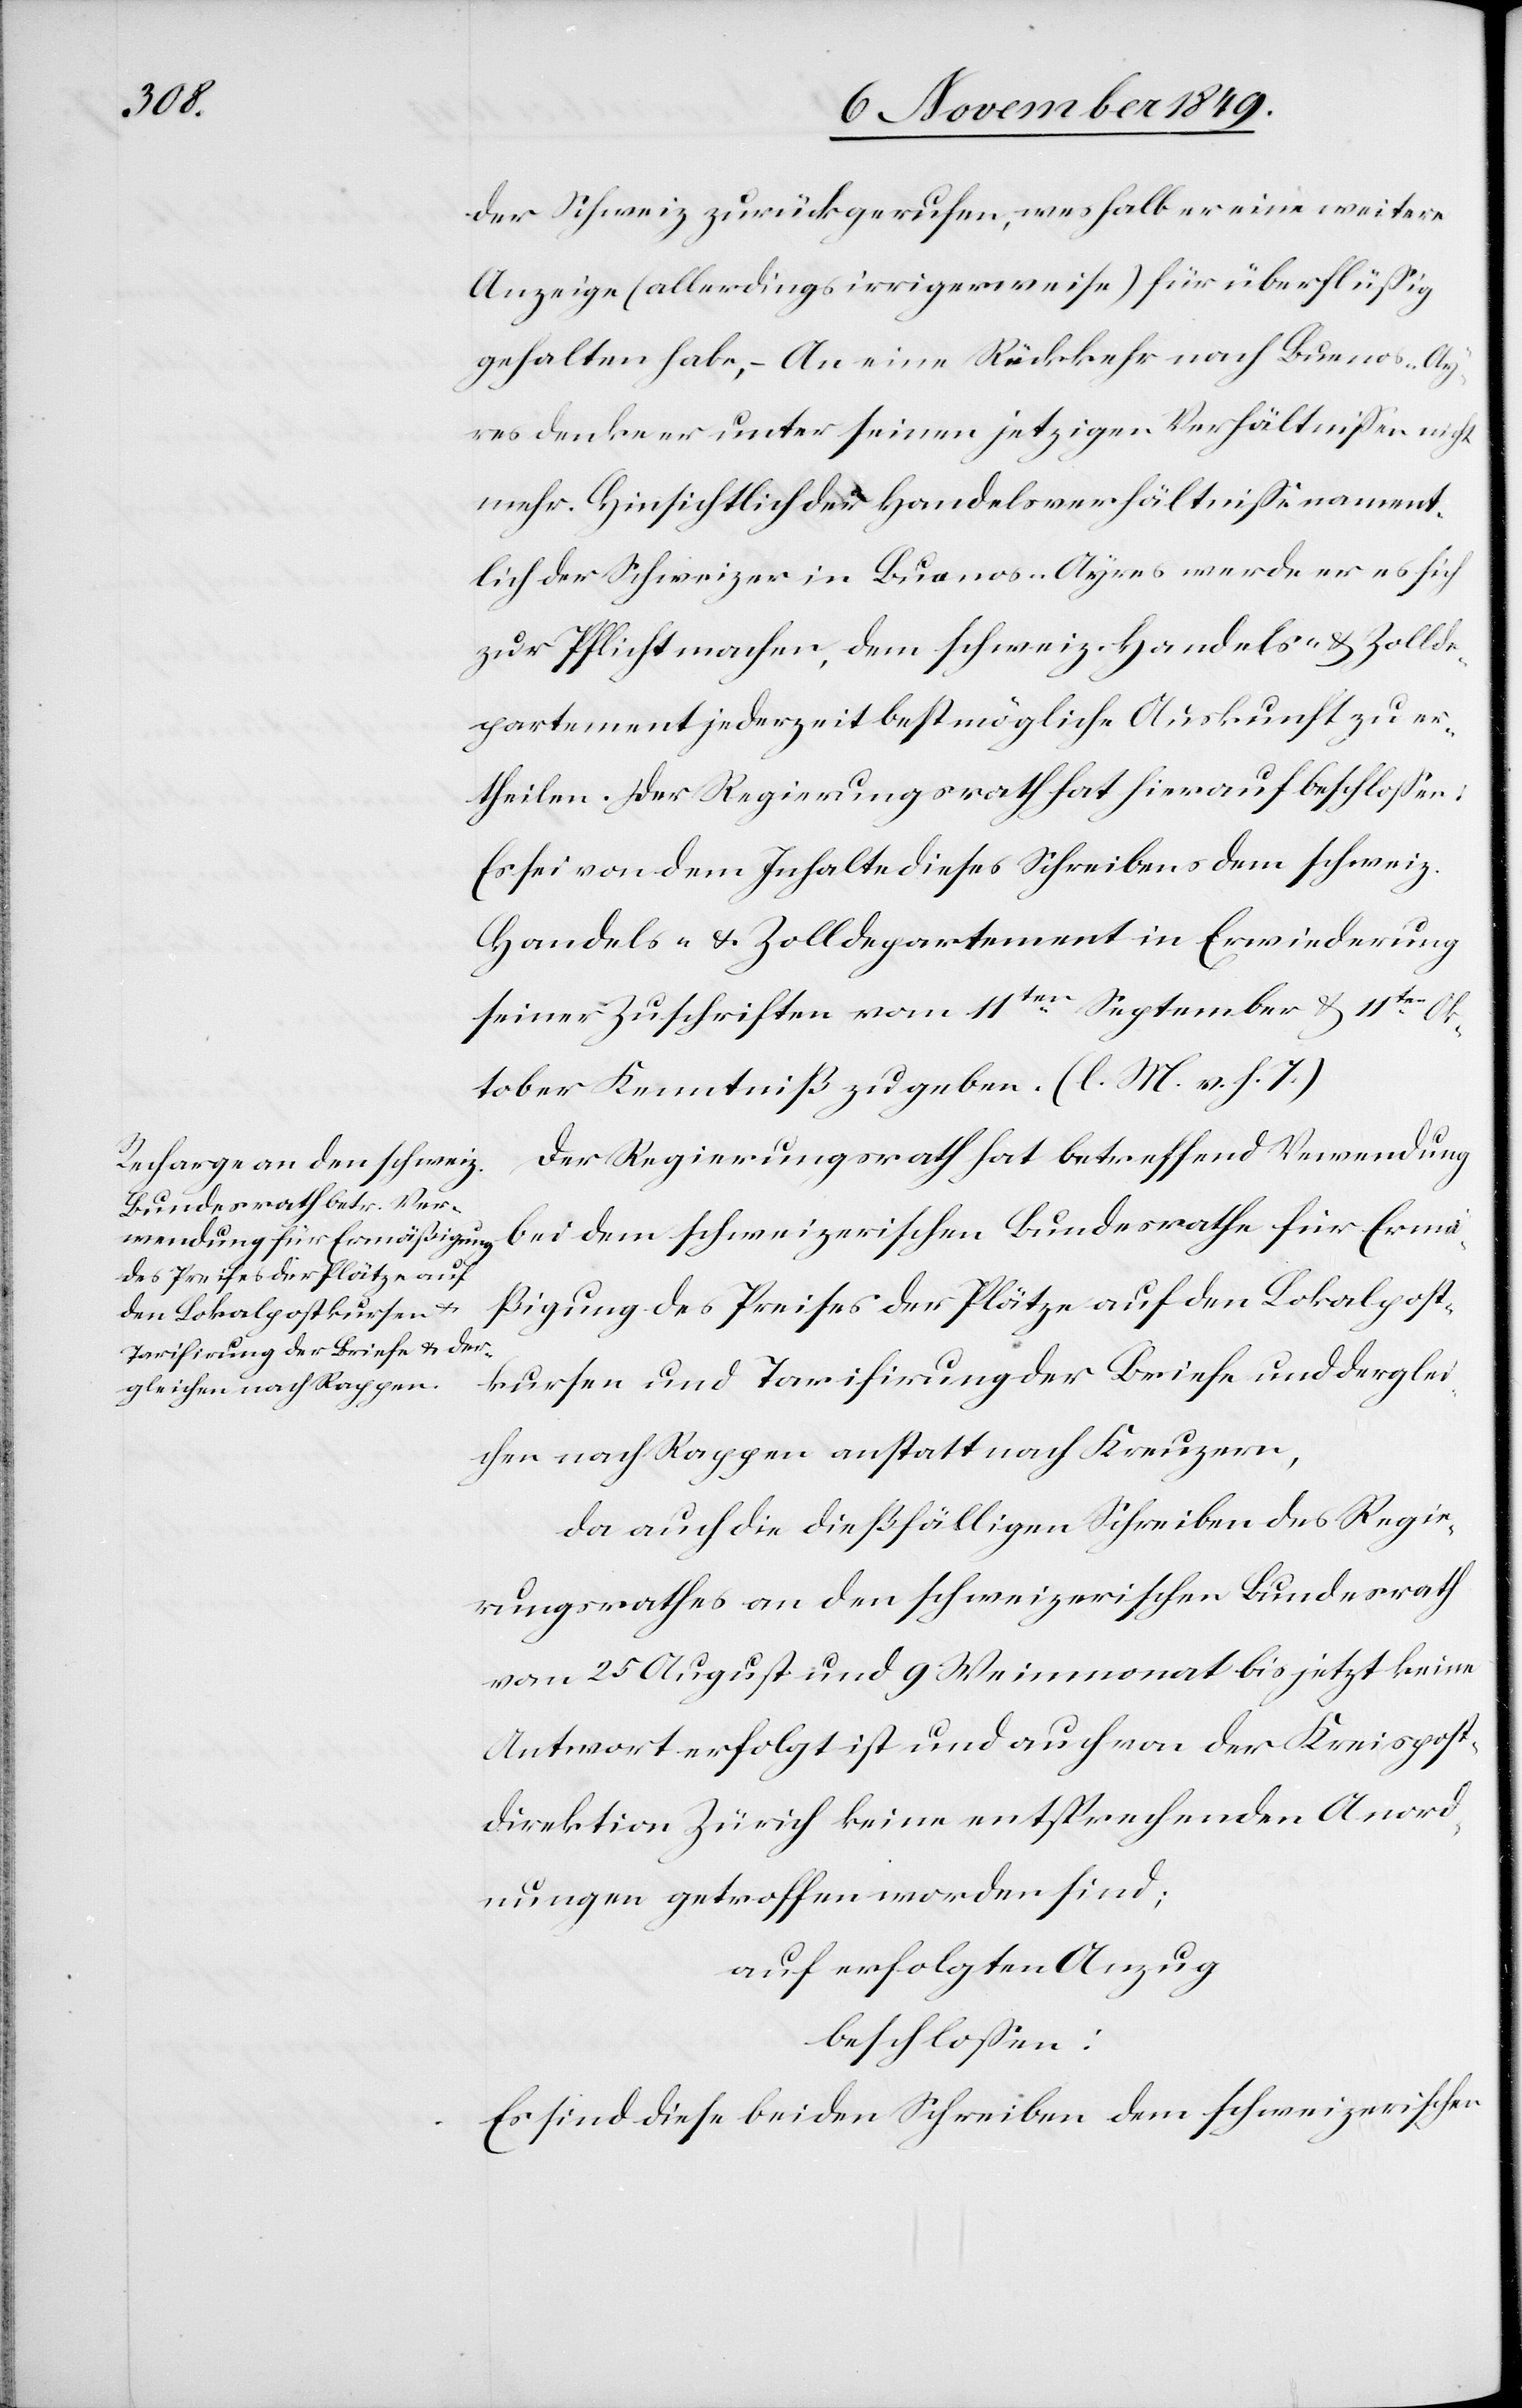
Anord¬

der Schweiz zurückgerufen, weshalb er eine weitere
Anzeige (allerdings irrigerweise) für überflüßig
gehalten habe, – An eine Rückkehr nach Buenos-Ay¬
res denke er unter seinen jetzigen Verhältnißen nicht
mehr. Hinsichtlich der Handelsverhältniße nament¬
lich der Schweizer in Buenos-Ayres werde er es sich
zur Pflicht machen, dem schweizerischen Handels- u. Zollde¬
partement jederzeit bestmögliche Auskunft zu er¬
theilen. Der Regierungsrath hat hierauf beschloßen:
Es sei von dem Inhalte dieses Schreibens dem schweiz.
Handels- u. Zolldepartement in Erwiederung
seiner Zuschriften vom 11ten September u. 11ten Ok¬
tober Kenntniß zu geben. [l. M. v. h. T]
Der Regierungsrath hat betreffend Verwendung
bei dem schweizerischen Bundesrathe für Ermä¬
ßigung des Preises der Plätze auf den Lokalpost¬
kursen und Tarifirung der Briefe und derglei¬
chen nach Rappen anstatt nach Kreuzern,
Da auch die dießfälligen Schreiben des Regie¬
rungsrathes an den schweizerischen Bundesrath
vom 25 August und 9 Weinmonat bis jetzt keine
Antwort erfolgt ist und auch von der Kreisdirektion
nungen getroffen worden sind;
auf erfolgten Anzug
beschloßen:
Es sind diese beiden Schreiben dem schweizerischen